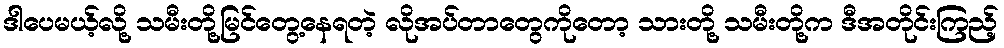
ဒါပေမယ့်လို့ သမီးတို့မြင်တွေ့နေရတဲ့ လိုအပ်တာတွေကိုတော့ သားတို့ သမီးတို့က ဒီအတိုင်းကြည့်